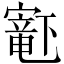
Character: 𫴋